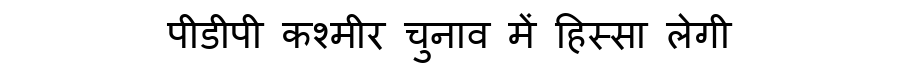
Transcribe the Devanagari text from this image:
पीडीपी कश्मीर चुनाव में हिस्सा लेगी